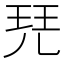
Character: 𰡷